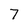
Character: 7